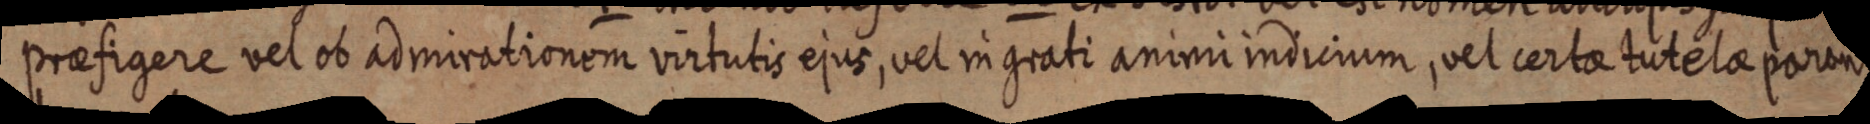
praefigere vel ob admirationem virtutis ejus, vel ingrati animi indicium, vel certae tutelae paran